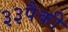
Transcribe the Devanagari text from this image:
३३पैकी